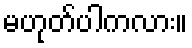
မဟုတ်ပါကလား။